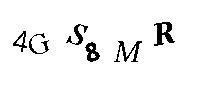
4GS8MR